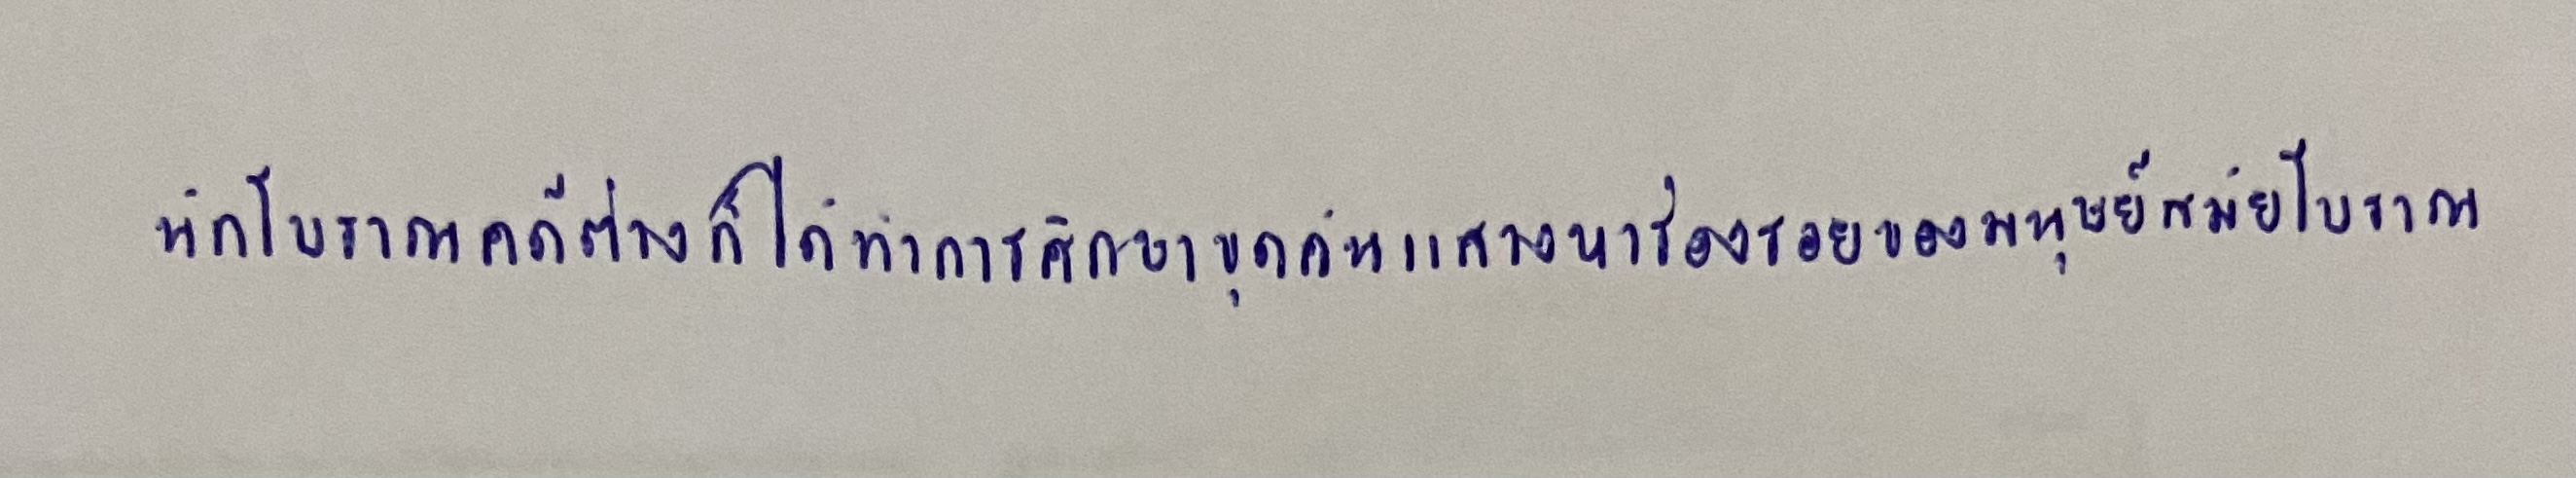
นักโบราณคดีต่างก็ได้ทำการศึกษาขุดค้นแสวงหาร่องรอยของมนุษย์สมัยโบราณ